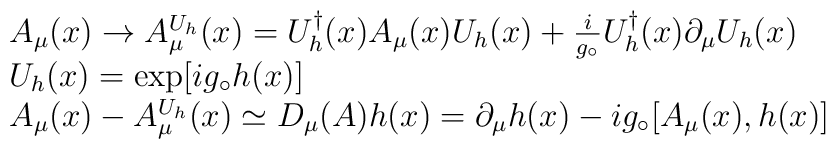
\begin{array}{rcl}&&A_{\mu}(x)\rightarrow A_{\mu}^{U_h}(x) = U_h^{\dagger}(x)A_{\mu}(x) U_h(x)+\frac{i}{g_{\circ}} U_h^{\dagger}(x)\partial_{\mu} U_h(x)\\&&U_h(x)=\exp[ig_{\circ}h(x)] \\&&A_{\mu}(x)-A_{\mu}^{U_h}(x)\simeq D_{\mu}(A)h(x)=\partial_\mu h(x)-i g_{\circ}[A_\mu(x),h(x)]\end{array}